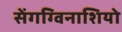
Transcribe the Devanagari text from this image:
सेंगग्विनाशियो